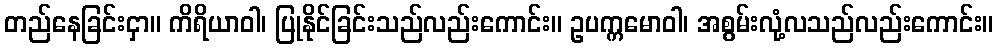
တည်နေခြင်းငှာ။ ကိရိယာဝါ၊ ပြုနိုင်ခြင်းသည်လည်းကောင်း။ ဥပက္ကမောဝါ၊ အစွမ်းလုံ့လသည်လည်းကောင်း။